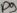
Text: D9